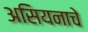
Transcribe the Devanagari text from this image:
असियनाचे